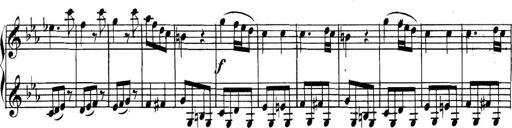
Title: Collected Piano Sonatas
Composer: Muzio Clementi